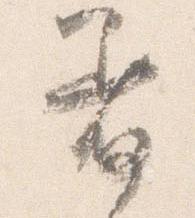
着